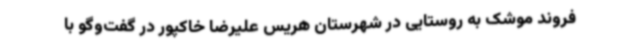
فروند موشک به روستایی در شهرستان هریس علیرضا خاکپور در گفت‌وگو با